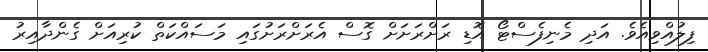
ފިލުއްވިއެވެ. އަދި މެނިފެސްޓޯ އޮޑި ރަށްރަށަށް ގޮސް އެރަށްރަށުގައި މަސައްކަތް ކުރިއަށް ގެންދާއިރު